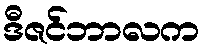
ဒီဇင်ဘာလက